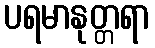
ပရမာနုတ္တရာ